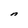
Character: n